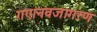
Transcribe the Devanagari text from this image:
गए।नवजागरण